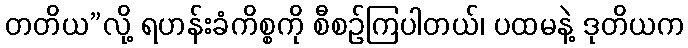
တတိယ”လို့ ရဟန်းခံကိစ္စကို စီစဉ်ကြပါတယ်၊ ပထမနဲ့ ဒုတိယက